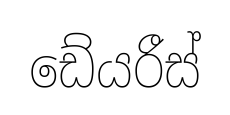
ඩේයරීස්